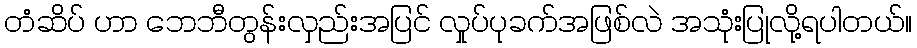
တံဆိပ် ဟာ ဘေဘီတွန်းလှည်းအပြင် လှုပ်ပုခက်အဖြစ်လဲ အသုံးပြုလို့ရပါတယ်။